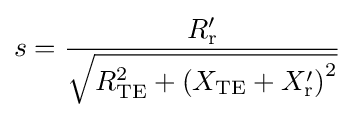
s={\frac {R_{\text{r}}'}{\sqrt {R_{\text{TE}}^{2}+\left(X_{\text{TE}}+X_{\text{r}}'\right)^{2}}}}